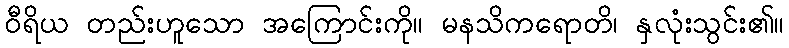
ဝီရိယ တည်းဟူသော အကြောင်းကို။ မနသိကရောတိ၊ နှလုံးသွင်း၏။